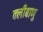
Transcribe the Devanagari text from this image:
क्लीबाणु